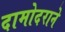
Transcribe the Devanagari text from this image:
दामोदराने